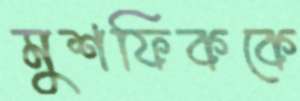
মুশফিককে